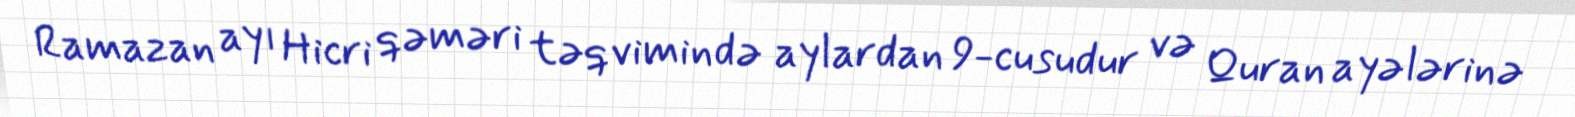
Ramazan ayı Hicri qəməri təqvimində aylardan 9-cusudur və Quran ayələrinə